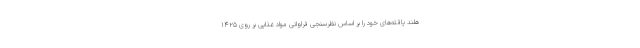
هلند یافته‌های خود را بر اساس نظرسنجی فراوانی مواد غذایی بر روی ۱۴۲۵